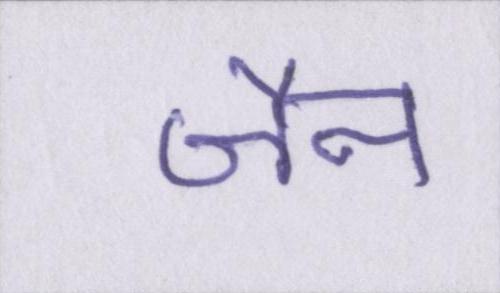
जैन